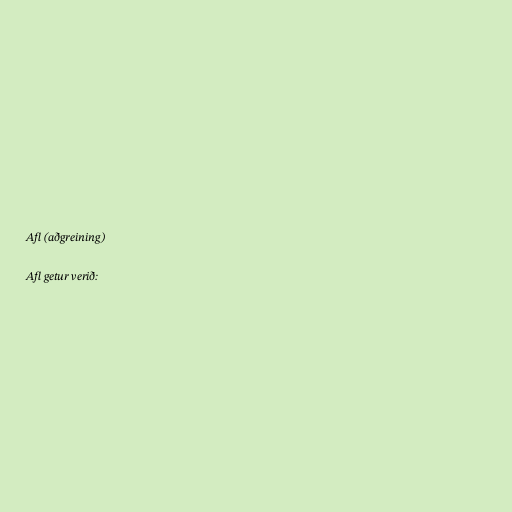
Afl (aðgreining)

Afl getur verið: